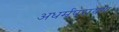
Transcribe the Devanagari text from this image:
अधर्मपरायण